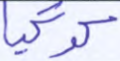
كوكبا